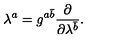
\lambda ^ { a } = g ^ { a \bar { b } } { \frac { \partial } { \partial \lambda ^ { \bar { b } } } } .